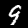
Digit: 9